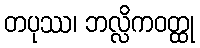
တပုဿ၊ ဘလ္လိကဝတ္ထု